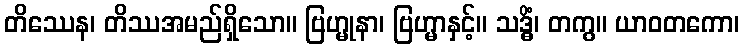
တိဿေန၊ တိဿအမည်ရှိသော။ ဗြဟ္မုနာ၊ ဗြဟ္မာနှင့်။ သဒ္ဓိံ၊ တကွ။ ယာဝတကော၊